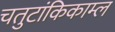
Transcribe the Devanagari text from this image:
चतुटांकिकाम्ल